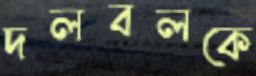
দলবলকে